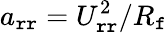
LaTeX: a_{\mathtt{r}\mathtt{r}}=U_{\mathtt{r}\mathtt{r}}^{2}/R_{\mathtt{f}}